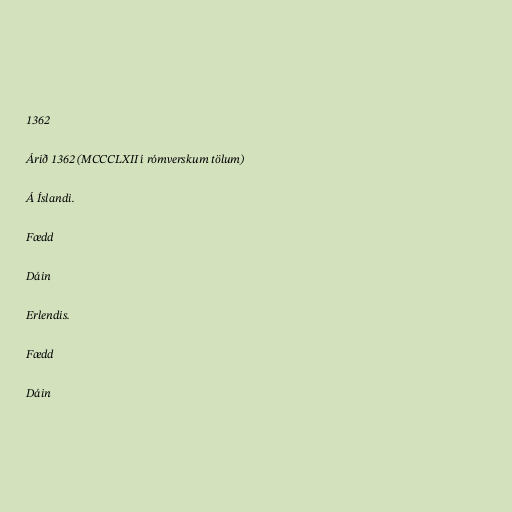
1362

Árið 1362 (MCCCLXII í rómverskum tölum)

Á Íslandi.

Fædd

Dáin

Erlendis.

Fædd

Dáin